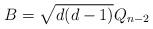
LaTeX: \begin{align*}B=\sqrt{d(d-1)}Q_{n-2}\end{align*}